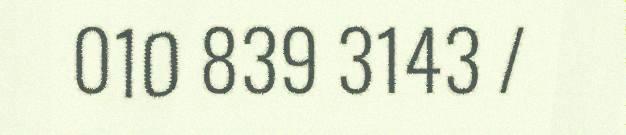
010 839 3143 /